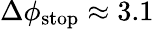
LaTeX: \Delta\phi_{\mathrm{stop}}\approx 3.1